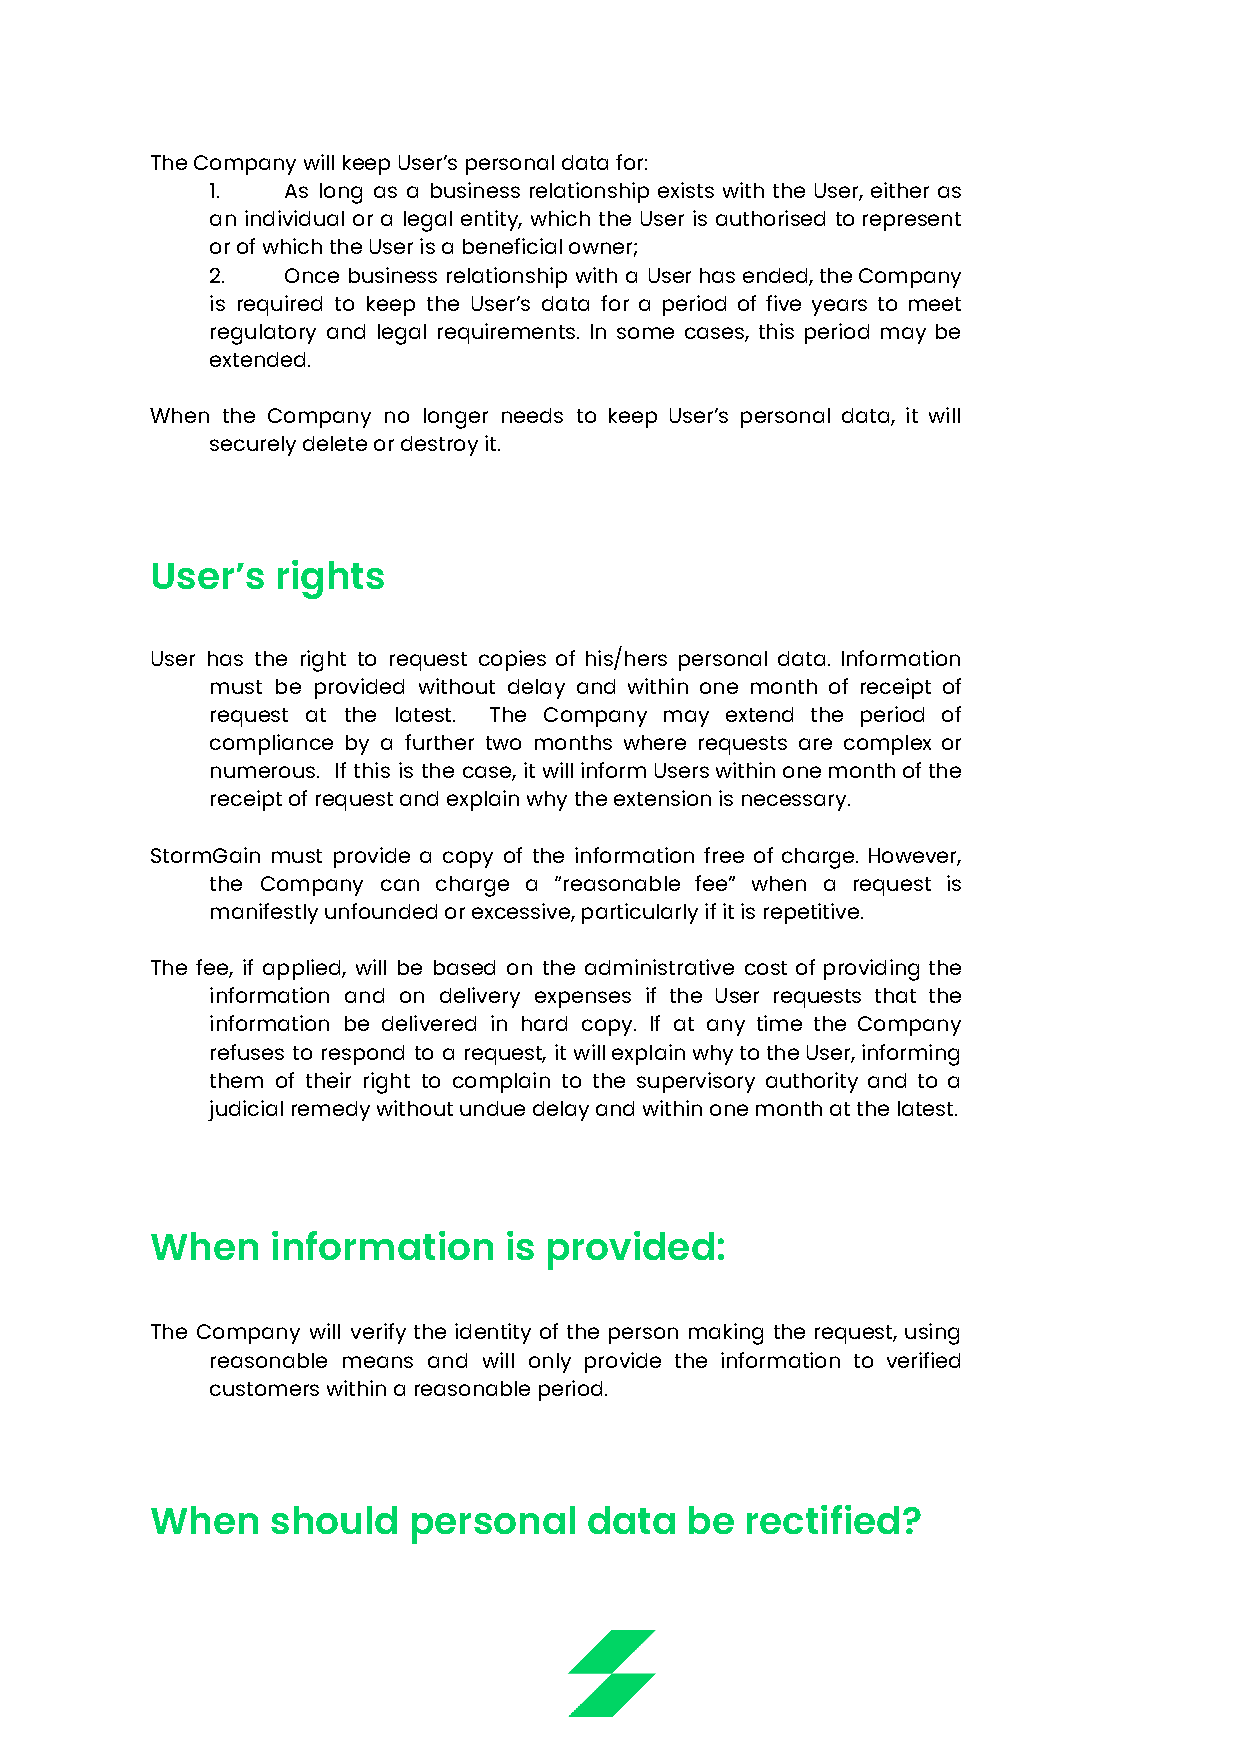
The Company will keep User’s personal data for:
 1.   As long as a business relationship exists with the User, either as
 an individual or a legal entity, which the User is authorised torepresent
 or of which the User is a beneficial owner;
 2.   Once business relationship with a Userhasended,theCompany
 is required to keep the User’s data for a period of five years to meet
 regulatory and legal requirements. In some cases, this period may be
 extended.
 When the Company no longer needs to keep User’s personal data, it will
 securely delete or destroy it.
 User’s  rights
 User has the right to request copies of his/hers personal data. Information
 must be provided without delay and within one month of receipt of
 request at the latest. The Company may extend the period of
 compliance by a further two months where requests are complex or
 numerous. If this is the case, itwillinformUserswithinonemonthofthe
 receipt of request and explain why the extension is necessary.
 StormGain must provide a copy of the information free of charge. However,
 the Company can charge a “reasonable fee” when a request is
 manifestly unfounded or excessive, particularly if it is repetitive.
 The fee, if applied, will be based on the administrative cost of providing the
 information and on delivery expenses if the User requests that the
 information be delivered in hard copy. If at any time the Company
 refuses to respond to a request, it willexplainwhytotheUser,informing
 them of their right to complain to the supervisory authority and to a
 judicial remedy without undue delay and within one month at the latest.
 When    information    is provided:
 The Company will verify the identity of the person making the request, using
 reasonable means and will only provide the information to verified
 customers within a reasonable period.
 When    should   personal    data  be  rectified?